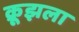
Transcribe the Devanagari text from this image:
क्रूझला